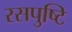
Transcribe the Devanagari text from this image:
रसपुष्टि